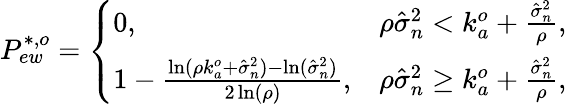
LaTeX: \begin{array}{r}{P_{ew}^{*,o}=\left\{ \begin{array}{ll}{0,}&{\rho\hat{\sigma}_{n}^{2}<k_{a}^{o}+\frac{\hat{\sigma}_{n}^{2}}{\rho},}\\ {1-\frac{\ln(\rho k_{a}^{o}+\hat{\sigma}_{n}^{2})-\ln(\hat{\sigma}_{n}^{2})}{2\ln(\rho)},}&{\rho\hat{\sigma}_{n}^{2}\geq k_{a}^{o}+\frac{\hat{\sigma}_{n}^{2}}{\rho},}\end{array}\right.}\end{array}